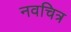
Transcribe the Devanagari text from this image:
नवचित्र